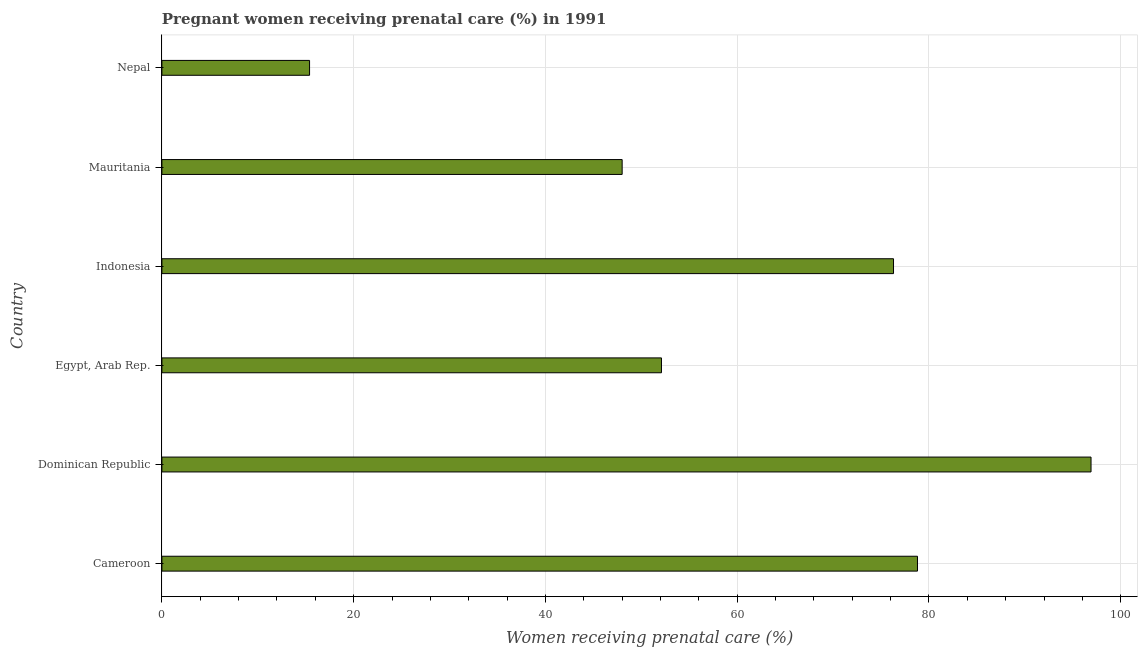
| Country | Pregnant women receiving prenatal care |
 | --- | --- |
 | Cameroon | 78.8 |
 | Dominican Republic | 96.9 |
 | Egypt, Arab Rep. | 52.1 |
 | Indonesia | 76.3 |
 | Mauritania | 48 |
 | Nepal | 15.4 |